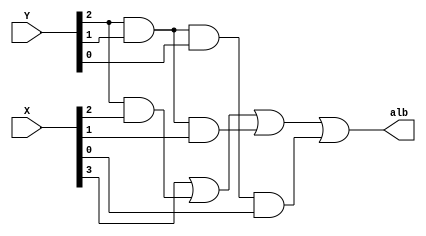
module sec1 (X,Y,alb);
input [3:0] X; input [2:0] Y;
output alb;
wire N0,N1,N2,P0,P1;
assign N0 = Y[2] & X[2];
assign N1 = Y[2] & Y[1];
assign N2 = Y[2] & Y[1] & Y[0];
assign P0 = N1 & X[1];
assign P1 = N2 & X[0];
assign alb = X[3] | N0 | P0 | P1;
endmodule